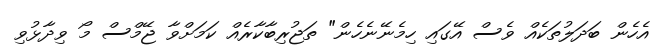
އެހެން ބަދަލުތަކެއް ވެސް އޭގައި ހިމެނޭނެހެން" ތަޖުރިބާކާރެއް ކަމަށްވާ ޖޭމްސް މޯ ވިދާޅުވި